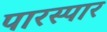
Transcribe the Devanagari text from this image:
पारस्पार